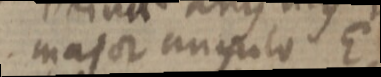
major angulo E